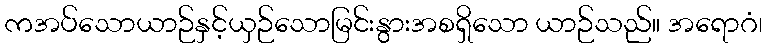
ကအပ်သောယာဉ်နှင့်ယှဉ်သောမြင်းနွားအစရှိသော ယာဉ်သည်။ အရောဂံ၊